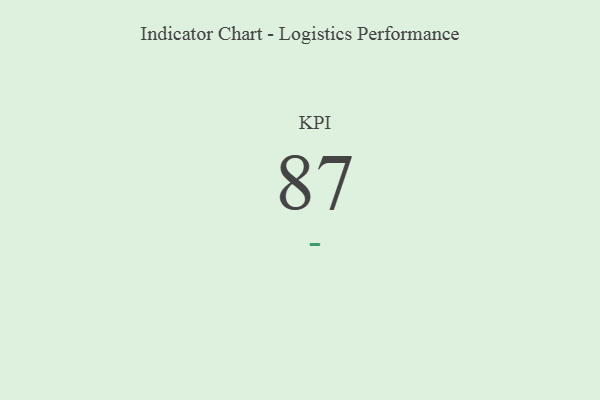
{"axis": {"x": "KPI", "y": "Value"}, "legend": [""], "data": [{"x": "KPI", "y": 87, "type": ""}]}